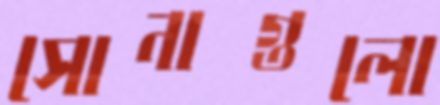
সোনাগুলো